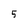
Character: 5